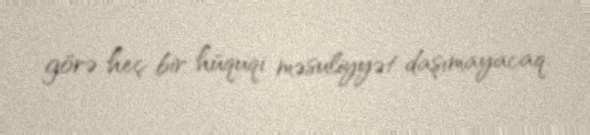
görə heç bir hüquqi məsuliyyət daşımayacaq.